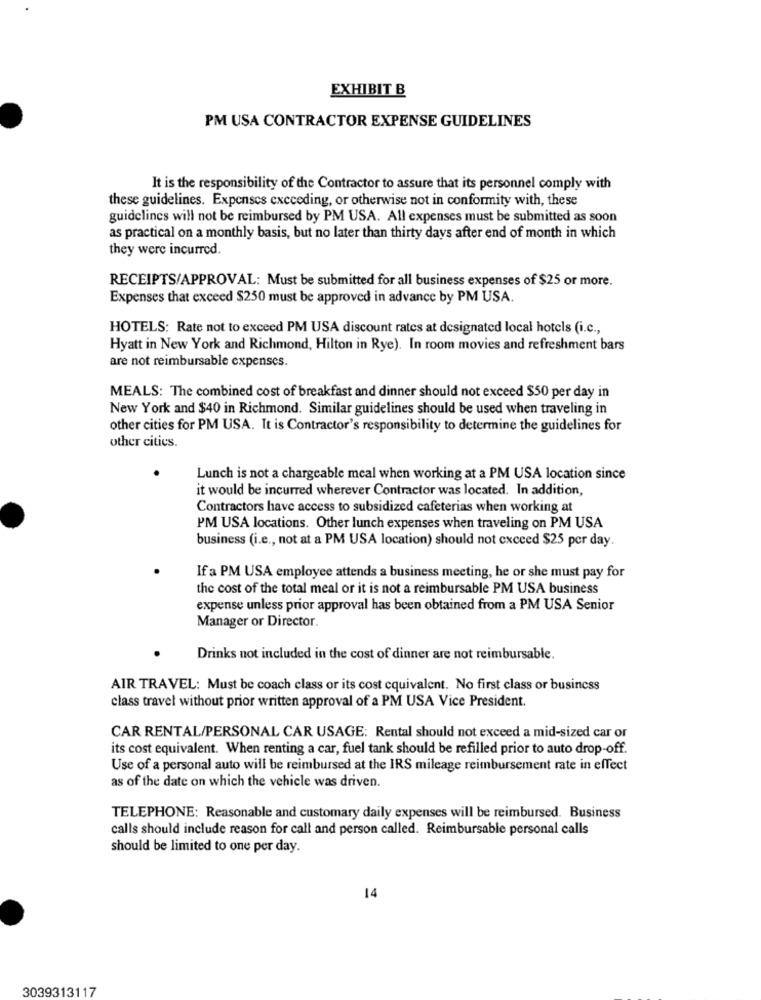
EXHIBIT B
PM USA CONTRACTOR EXPENSE GUIDELINES
It is the responsibility of the Contractor to assure that its personnel comply with
these guidelines. Expenses exceeding, or otherwise not in conformity with, these
guidelines will not be reimbursed by PM USA. All expenses must be submitted as soon
as practical on a monthly basis, but no later than thirty days after end of month in which
they were incurred.
RECEIPTS/APPROVAL: Must be submitted for all business expenses of $25 or more.
Expenses that exceed $250 must be approved in advance by PM USA.
HOTELS: Rate not to exceed PM USA discount rates at designated local hotels (i.c .,
Hyatt in New York and Richmond, Hilton in Rye). In room movies and refreshment bars
are not reimbursable expenses.
MEALS: The combined cost of breakfast and dinner should not exceed $50 per day in
New York and $40 in Richmond. Similar guidelines should be used when traveling in
other cities for PM USA. It is Contractor's responsibility to determine the guidelines for
other cities.
Lunch is not a chargeable meal when working at a PM USA location since
it would be incurred wherever Contractor was located. In addition,
Contractors have access to subsidized cafeterias when working at
PM USA locations. Other lunch expenses when traveling on PM USA
business (i.e ., not at a PM USA location) should not exceed $25 per day.
If a PM USA employee attends a business meeting, he or she must pay for
the cost of the total meal or it is not a reimbursable PM USA business
expense unless prior approval has been obtained from a PM USA Senior
Manager or Director.
Drinks not included in the cost of dinner are not reimbursable.
AIR TRAVEL: Must be coach class or its cost cquivalent. No first class or business
class travel without prior written approval of a PM USA Vice President.
CAR RENTAL/PERSONAL CAR USAGE: Rental should not exceed a mid-sized car or
its cost equivalent. When renting a car, fuel tank should be refilled prior to auto drop-off.
Use of a personal auto will be reimbursed at the IRS mileage reimbursement rate in effect
as of the date on which the vehicle was driven.
TELEPHONE: Reasonable and customary daily expenses will be reimbursed. Business
calls should include reason for call and person called. Reimbursable personal calls
should be limited to one per day.
14
3039313117